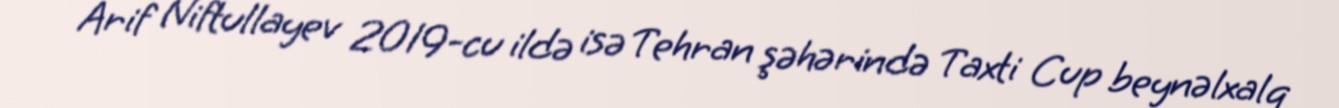
Arif Niftullayev 2019-cu ildə isə Tehran şəhərində Taxti Cup beynəlxalq